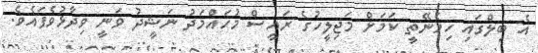
އެ ބިލްގައި ހިމެނޭތީ ކަމަށް މަޖިލީހުގެ ރައީސް މުހައްމަދު ނަޝީދު ވަނީ ވިދާޅުވެފައެވެ.